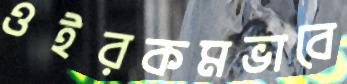
ওইরকমভাবে